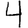
Digit: 4